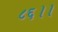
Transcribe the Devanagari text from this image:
८६।।